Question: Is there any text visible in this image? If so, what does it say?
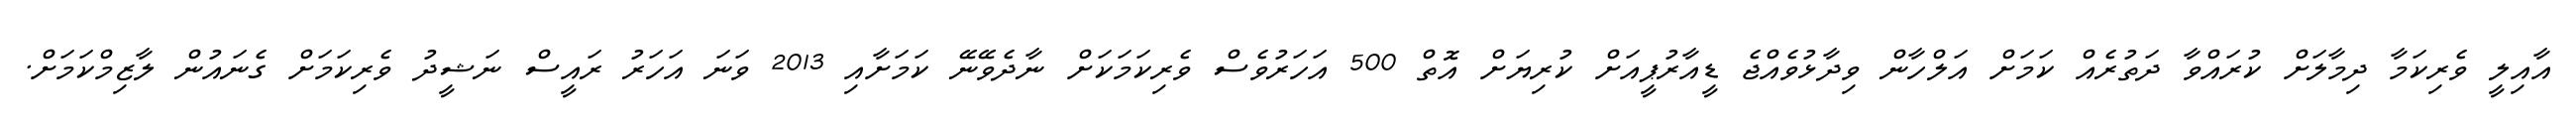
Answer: އާއިލީ ވެރިކަމާ ދިމާލަށް ކުރައްވާ ދަތުރެއް ކަމަށް އަލްހާން ވިދާޅުވެއްޖެ ޑީއާރުޕީއަށް ކުރިޔަށް އޮތް 500 އަހަރުވެސް ވެރިކަމަކަށް ނާދެވޭނޭ ކަމަށާއި 2013 ވަނަ އަހަރު ރައީސް ނަޝީދު ވެރިކަމަށް ގެނައުން ލާޒިމްކަމަށް.